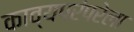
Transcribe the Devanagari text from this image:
काव्यपरंपरेला